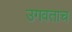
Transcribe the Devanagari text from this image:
उगवताच